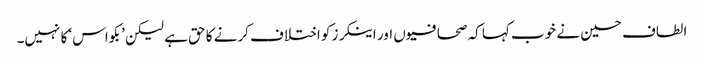
الطاف حسین نے خوب کہا کہ صحافیوں اور اینکرز کو اختلاف کرنے کا حق ہے لیکن ’بکواس‘ کا نہیں۔